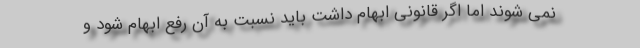
نمی شوند اما اگر قانونی ابهام داشت باید نسبت به آن رفع ابهام شود و